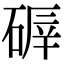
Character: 𥔈